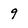
Character: 9